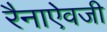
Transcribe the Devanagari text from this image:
रैनाऐवजी